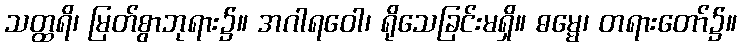
သတ္ထရိ၊ မြတ်စွာဘုရား၌။ အဂါရဝေါ၊ ရိုသေခြင်းမရှိ။ ဓမ္မေ၊ တရားတော်၌။